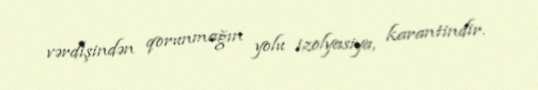
vərdişindən qorunmağın yolu izolyasiya, karantindir.